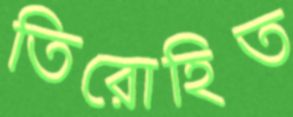
তিরোহিত